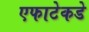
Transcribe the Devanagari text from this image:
एफाटेकडे